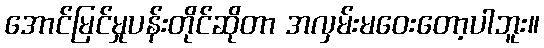
အောင်မြင်မှုပန်းတိုင်ဆိုတာ အလှမ်းမဝေးတော့ပါဘူး။